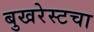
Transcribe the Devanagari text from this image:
बुखरेस्टचा